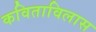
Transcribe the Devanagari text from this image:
कविताविलास